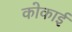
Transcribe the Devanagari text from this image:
कोकाई